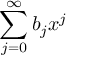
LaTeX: \sum _ { j = 0 } ^ { \infty } b _ { j } x ^ { j }